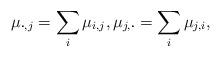
LaTeX: \begin{align*}\mu_{\boldsymbol\cdot,j}=\sum_{i}\mu_{i,j},\mu_{j,\boldsymbol\cdot}=\sum_{i}\mu_{j,i},\end{align*}